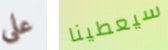
على سيعطينا